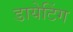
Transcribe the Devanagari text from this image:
डायेटिंग